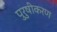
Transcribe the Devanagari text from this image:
पुरुषीकरण